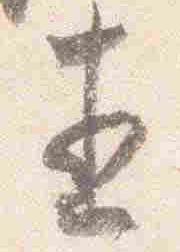
直